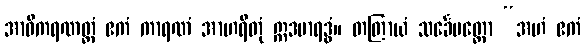
အာဝိကရဏတ္ထံ ဧကံ ကာရဏံ အာဟရိတုံ ဣဒမာရဒ္ဓံ။ တတြာယံ သင်္ခေပတ္ထော “အဟံ ဧကံ